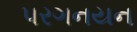
પરગનયન